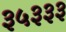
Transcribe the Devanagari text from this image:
३५३३३